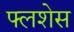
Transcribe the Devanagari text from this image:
फ्लशेस